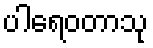
ပါရေဝတာသု